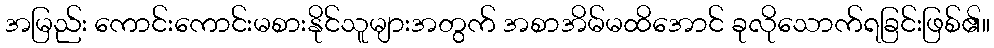
အမြည်း ကောင်းကောင်းမစားနိုင်သူများအတွက် အစာအိမ်မထိအောင် ခုလိုသောက်ရခြင်းဖြစ်၏။